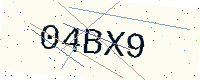
Text: 04BX9